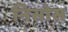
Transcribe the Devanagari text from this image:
निसोस